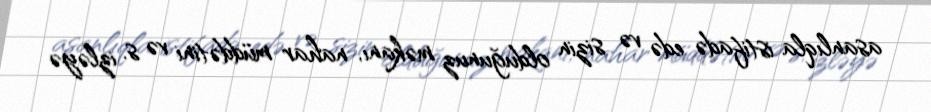
asanlıqla istifadə edə və sizin olduğunuz məkanı, nahar müddətini və s. izləyə